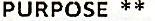
PURPOSE **